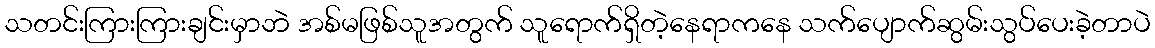
သတင်းကြားကြားချင်းမှာဘဲ အစ်မဖြစ်သူအတွက် သူရောက်ရှိတဲ့နေရာကနေ သက်ပျောက်ဆွမ်းသွပ်ပေးခဲ့တာပဲ